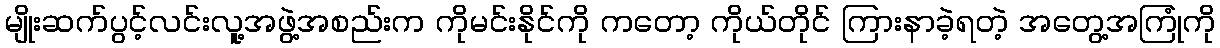
မျိုးဆက်ပွင့်လင်းလူ့အဖွဲ့အစည်းက ကိုမင်းနိုင်ကို ကတော့ ကိုယ်တိုင် ကြားနာခဲ့ရတဲ့ အတွေ့အကြုံကို